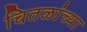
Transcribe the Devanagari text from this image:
चितळांच्या